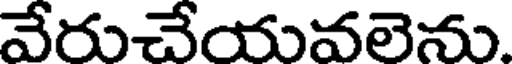
వేరుచేయువలెను.